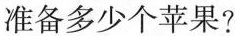
准备多少个苹果?